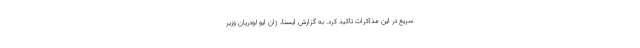
سریع در این مذاکرات تاکید کرد. به گزارش ایسنا، ژان ایو لودریان وزیر